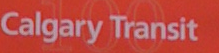
Calgary Transit